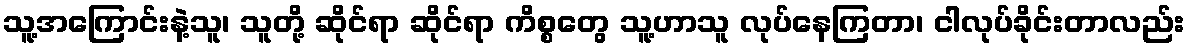
သူ့အကြောင်းနဲ့သူ၊ သူတို့ ဆိုင်ရာ ဆိုင်ရာ ကိစ္စတွေ သူ့ဟာသူ လုပ်နေကြတာ၊ ငါလုပ်ခိုင်းတာလည်း